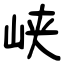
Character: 峡